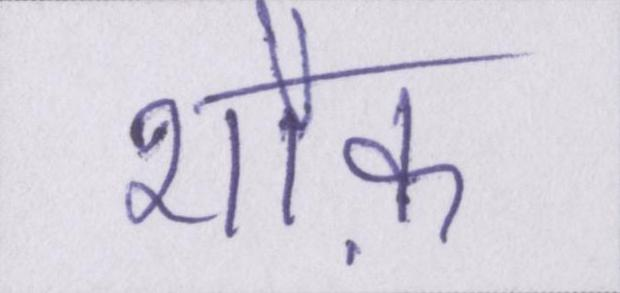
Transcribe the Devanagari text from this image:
शौक़